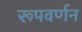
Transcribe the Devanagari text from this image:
रूपवर्णन